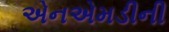
એનએમડીની